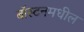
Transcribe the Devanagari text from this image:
बॉस्टनमधील